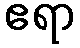
ဧရာ